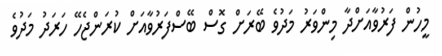
މީހުން ފަރުވާއަށްދާ މިންވަރު މަދުވެ ބޭރަށް ގޮސް ބޭސްފަރުވާއަށް ކުރަންޖެހޭ ހަރަދު މަދުވެ